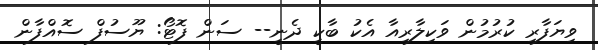
ވިޔަފާރި ކުރުމުން ވަކިލާރިއާ އެކު ބާކީ ދެނީ-- ސަން ފޮޓޯ: ޔޫސުފް ސޮއްފާން